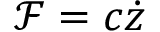
\mathscr { F } = c \dot { z }